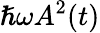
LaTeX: \hslash\omega A^{2}(t)